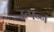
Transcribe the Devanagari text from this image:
उत्‍पन्‍न्‍ा